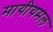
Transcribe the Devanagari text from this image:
मायीयमल